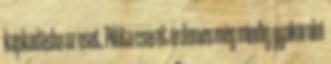
kapkodásba az eset. Pilóta cserét érdemes még mindig gyakorolni